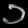
Digit: ၁